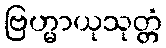
ဗြဟ္မာယုသုတ္တံ